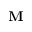
\mathbf { M }